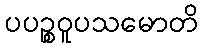
ပပဉ္စဝူပသမောတိ